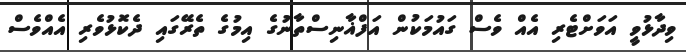
ވިދާޅުވީ އަވަށްޓެރި އެއް ވެސް ގައުމަކުން އަފްޣާނިސްތާނުގެ އިމުގެ ތެރޭގައި ދެކޮޅުވެރި އެއްވެސް